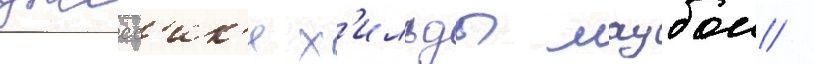
джесс'ик'и х'ильды маубои /